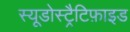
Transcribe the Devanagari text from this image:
स्यूडोस्ट्रैटिफ़ाइड